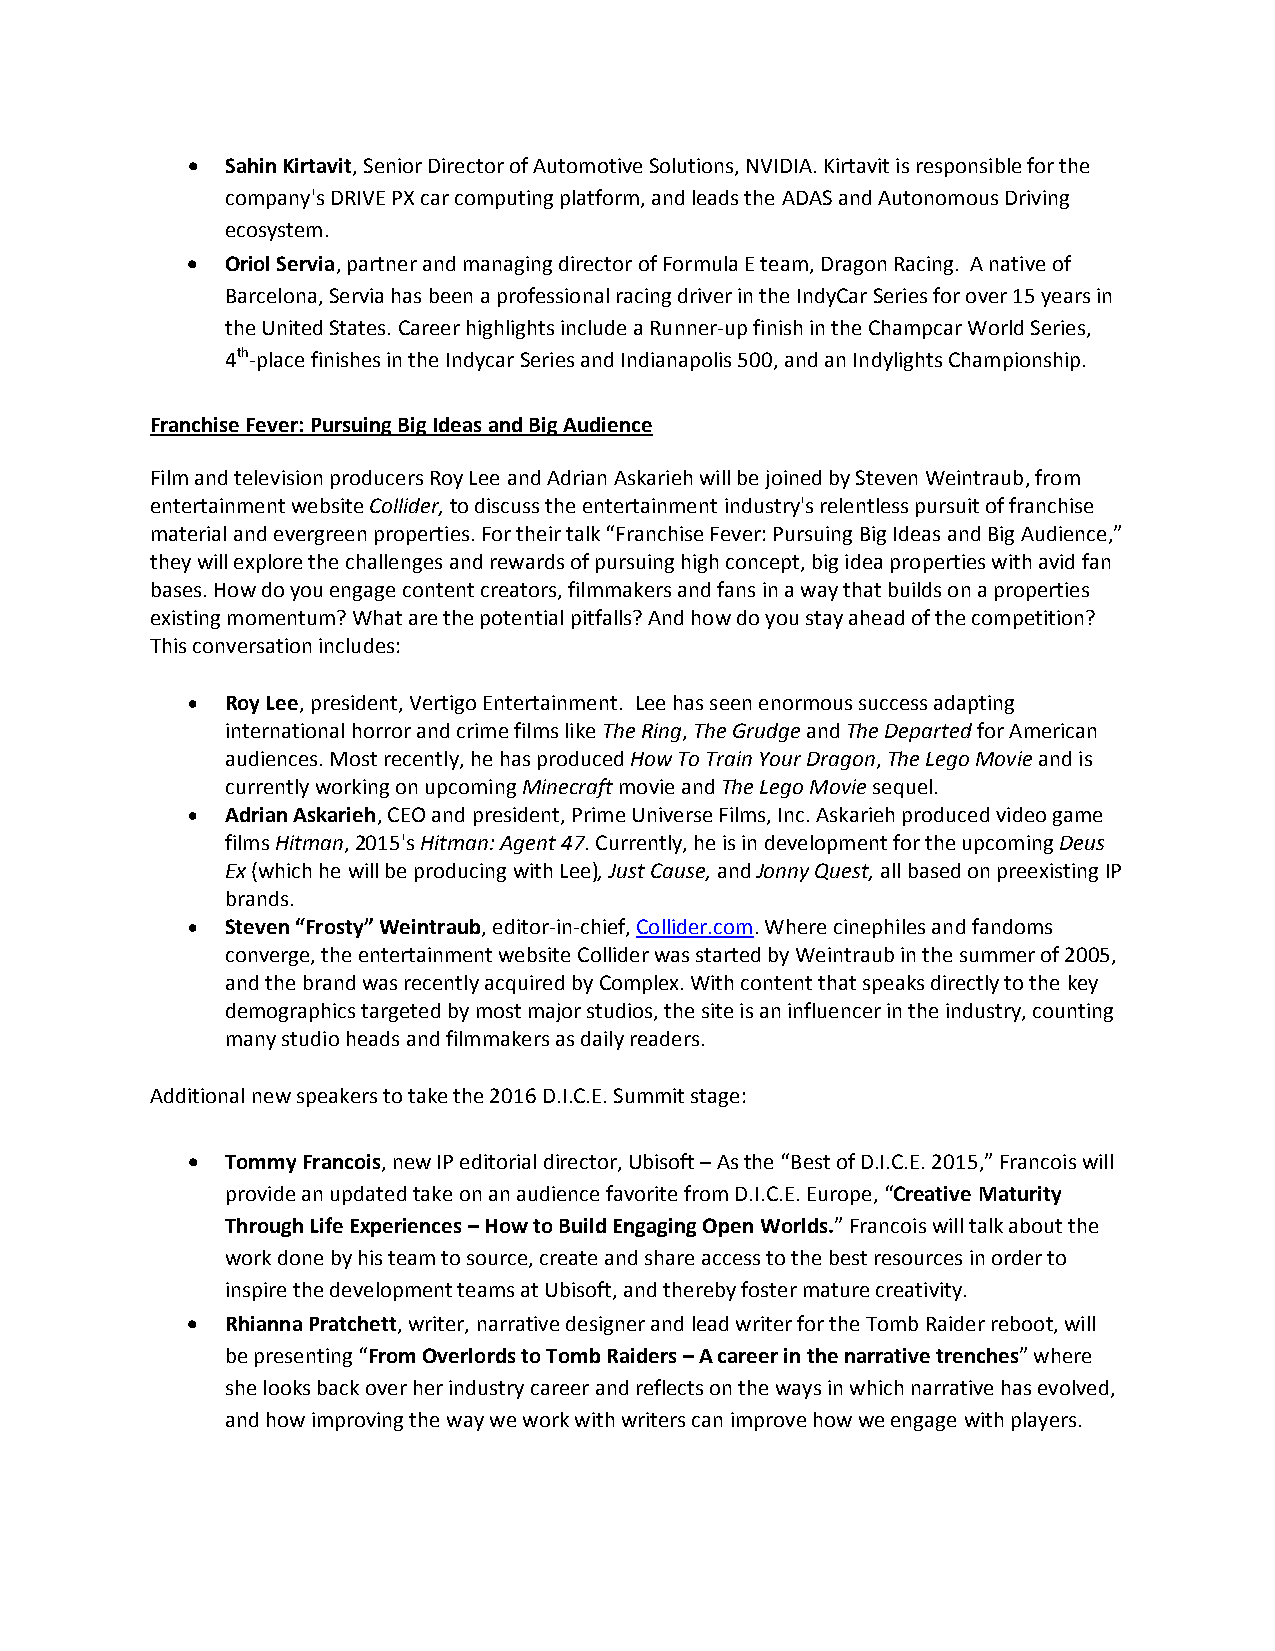
•  Sahin Kirtavit, Senior Director of Automotive Solutions, NVIDIA. Kirtavit is responsible for the
 company's DRIVE PX car computing platform, and leads the ADAS and Autonomous Driving
 ecosystem.
 •  Oriol Servia, partner and managing director of Formula E team, Dragon Racing. A native of
 Barcelona, Servia has been a professional racing driver in the IndyCar Series for over 15 years in
 the United States. Career highlights include a Runner-up finish in the Champcar World Series,
 4th-place finishes in the Indycar Series and Indianapolis 500, and an Indylights Championship.
 Franchise Fever: Pursuing Big Ideas and Big Audience
 Film and television producers Roy Lee and Adrian Askarieh will be joined by Steven Weintraub, from
 entertainment website Collider, to discuss the entertainment industry's relentless pursuit of franchise
 material and evergreen properties. For their talk “Franchise Fever: Pursuing Big Ideas and Big Audience,”
 they will explore the challenges and rewards of pursuing high concept, big idea properties with avid fan
 bases. How do you engage content creators, filmmakers and fans in a way that builds on a properties
 existing momentum? What are the potential pitfalls? And how do you stay ahead of the competition?
 This conversation includes:
 •  Roy Lee, president, Vertigo Entertainment. Lee has seen enormous success adapting
 international horror and crime films like The Ring, The Grudge and The Departed for American
 audiences. Most recently, he has produced How To Train Your Dragon, The Lego Movie and is
 currently working on upcoming Minecraft movie and The Lego Movie sequel.
 •  Adrian Askarieh, CEO and president, Prime Universe Films, Inc. Askarieh produced video game
 films Hitman, 2015's Hitman: Agent 47. Currently, he is in development for the upcoming Deus
 Ex (which he will be producing with Lee), Just Cause, and Jonny Quest, all based on preexisting IP
 brands.
 •  Steven “Frosty” Weintraub, editor-in-chief, Collider.com. Where cinephiles and fandoms
 converge, the entertainment website Collider was started by Weintraub in the summer of 2005,
 and the brand was recently acquired by Complex. With content that speaks directly to the key
 demographics targeted by most major studios, the site is an influencer in the industry, counting
 many studio heads and filmmakers as daily readers.
 Additional new speakers to take the 2016 D.I.C.E. Summit stage:
 •  Tommy Francois, new IP editorial director, Ubisoft – As the “Best of D.I.C.E. 2015,” Francois will
 provide an updated take on an audience favorite from D.I.C.E. Europe, “Creative Maturity
 Through Life Experiences – How to Build Engaging Open Worlds.” Francois will talk about the
 work done by his team to source, create and share access to the best resources in order to
 inspire the development teams at Ubisoft, and thereby foster mature creativity.
 •  Rhianna Pratchett, writer, narrative designer and lead writer for the Tomb Raider reboot, will
 be presenting “From Overlords to Tomb Raiders – A career in the narrative trenches” where
 she looks back over her industry career and reflects on the ways in which narrative has evolved,
 and how improving the way we work with writers can improve how we engage with players.